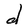
Character: d